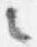
言